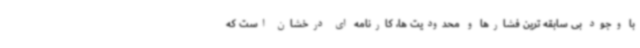
با وجود بی سابقه ترین فشارها و محدودیت ها، کارنامه ای درخشان است که